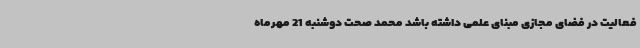
فعالیت در فضای مجازی مبنای علمی داشته باشد محمد صحت دوشنبه 21 مهرماه